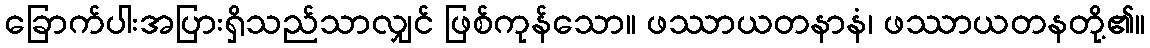
ခြောက်ပါးအပြားရှိသည်သာလျှင် ဖြစ်ကုန်သော။ ဖဿာယတနာနံ၊ ဖဿာယတနတို့၏။